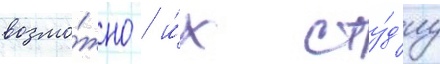
возмо́жно / и́х сту́д'иу